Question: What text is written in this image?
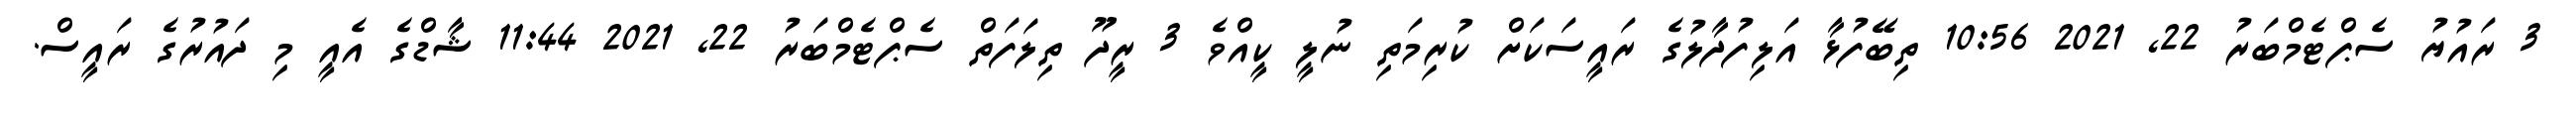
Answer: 3 ރައުޔު ސެޕްޓެމްބަރު 22, 2021 10:56 ތިބޭފުޅާ އަލިފުދާލުގެ ރައީސަކަށް ކުރިމަތި ނުލީ ކީއްވެ 3 ރީދޫ ތިލަފަތް ސެޕްޓެމްބަރު 22, 2021 11:44 ޝާޑްގެ އެއީ މި ދައުރުގެ ރައީސް.